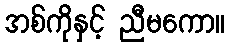
အစ်ကိုနှင့် ညီမကော။